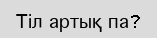
Тіл артық па?